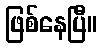
ဖြစ်နေပြီ။